Physiological action of certain drugs in tablet form - Number 52A
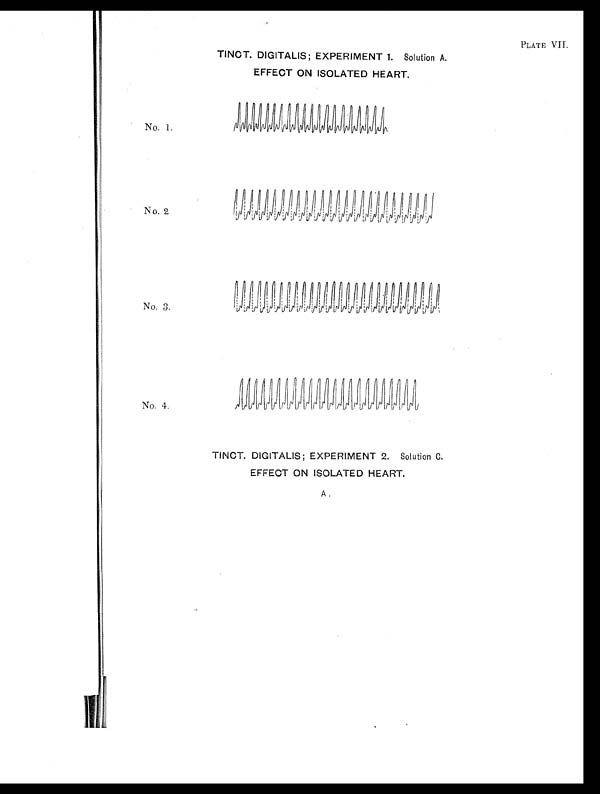
PLATE VII.
TINCT. DIGITALIS; EXPERIMENT 1. Solution A.
EFFECT ON ISOLATED HEART.
No. 1.
No. 2.
No. 3.
No. 4.
TINCT. DIGITALIS; EXPERIMENT 2. Solution C.
EFFECT ON ISOLATED HEART.
A.